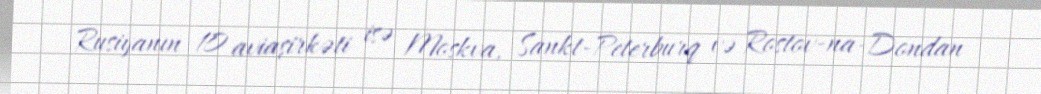
Rusiyanın 10 aviaşirkəti isə Moskva, Sankt-Peterburq və Rostov-na-Dondan